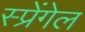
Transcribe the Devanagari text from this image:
स्प्रेंगेल